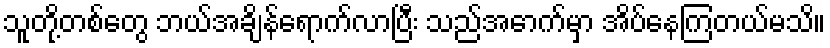
သူတို့တစ်တွေ ဘယ်အချိန်ရောက်လာပြီး သည်အောက်မှာ အိပ်နေကြတယ်မသိ။